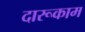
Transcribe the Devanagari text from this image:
दारूकाम